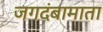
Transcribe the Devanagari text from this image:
जगदंबामाता